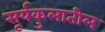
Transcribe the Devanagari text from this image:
सूर्यकुलातील